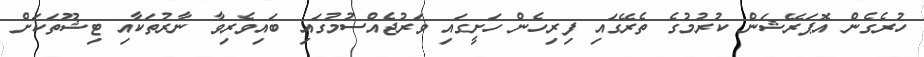
ހުރެގެން އޮޕަރޭޝަން ކުރުމުގެ ތެރޭގައި ފިރިހެން ހަށީގައި ވަރުޖެއްސުމުގައި ބައިވެރިވާ ނާރުތަކާއި ޓިޝޫތަކަށް